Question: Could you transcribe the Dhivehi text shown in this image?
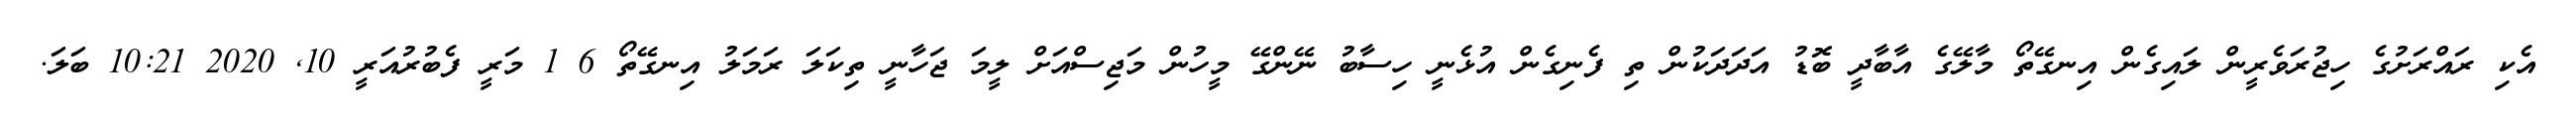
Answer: އެކި ރައްރަށުގެ ހިޖުރަވެރީން ލައިގެން އިނގޭތޯ މާލޭގެ އާބާދީ ބޮޑު އަދަދަކުން ތި ފެނިގެން އުޅެނީ ހިސާބު ނޭންގޭ މީހުން މަޖިސްއަށް ލީމަ ޖަހާނީ ތިކަލަ ރަމަލު އިނގޭތޯ 6 1 މަރީ ފެބުރުއަރީ 10, 2020 10:21 ބަލަ.